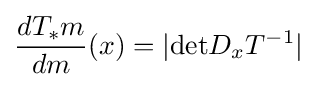
{\frac {dT_{*}m}{dm}}(x)=|{\text{det}}D_{x}T^{-1}|